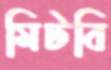
মিটবি